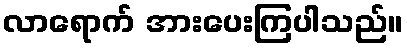
လာရောက် အားပေးကြပါသည်။